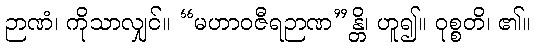
ဉာဏံ၊ ကိုသာလျှင်။ “မဟာဝဇီရဉာဏ”န္တိ၊ ဟူ၍။ ဝုစ္စတိ၊ ၏။